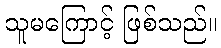
သူမကြောင့် ဖြစ်သည်။